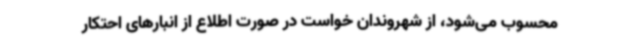
محسوب‌ می‌شود، از شهروندان خواست در صورت اطلاع از انبارهای احتکار